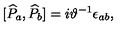
\lbrack \widehat { P } _ { a } , \widehat { P } _ { b } ] = i \vartheta ^ { - 1 } \epsilon _ { a b } ,